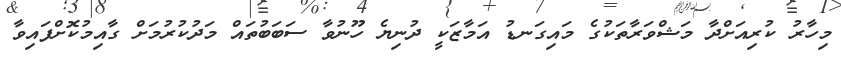
މިހާރު ކުރިއަށްދާ މަޝްވަރާތަކުގެ މައިގަނޑު އަމާޒަކީ ދުނިޔެ ހޫނުވާ ސަބަބުތައް މަދުކުރުމަށް ގާއިމުކޮށްފައިވާ